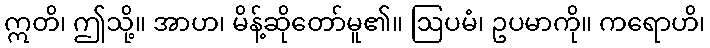
ဣတိ၊ ဤသို့။ အာဟ၊ မိန့်ဆိုတော်မူ၏။ ဩပမံ၊ ဥပမာကို။ ကရောဟိ၊